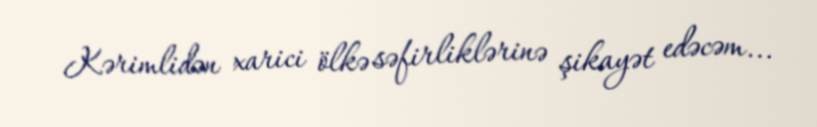
Kərimlidən xarici ölkə səfirliklərinə şikayət edəcəm...